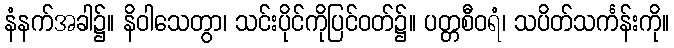
နံနက်အခါ၌။ နိဝါသေတွာ၊ သင်းပိုင်ကိုပြင်ဝတ်၌။ ပတ္တစီဝရံ၊ သပိတ်သင်္ကန်းကို။